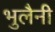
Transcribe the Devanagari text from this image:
भुलैनी